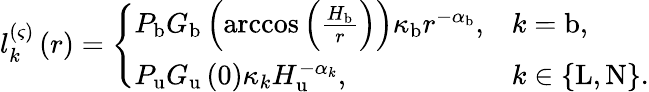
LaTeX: \begin{array}{r}{l_{k}^{\left(\varsigma\right)}\left(r\right)=\left\{ \begin{array}{ll}{P_{\mathrm{b}}G_{\mathrm{b}}\left(\operatorname{arccos}\left(\frac{H_{\mathrm{b}}}{r}\right)\right)\kappa_{\mathrm{b}}r^{-\alpha_{\mathrm{b}}},}&{k=\mathrm{b},}\\ {P_{\mathrm{u}}G_{\mathrm{u}}\left(0\right)\kappa_{k}H_{\mathrm{u}}^{-\alpha_{k}},}&{k\in\left\{ \mathrm{L},\mathrm{N}\right\} .}\end{array}\right.}\end{array}